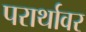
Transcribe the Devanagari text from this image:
परार्थावर